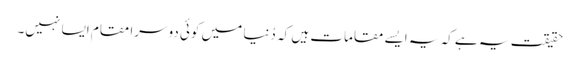
حقیقت یہ ہے کہ یہ ایسے مقامات ہیں کہ دُنیا میں کوئی دوسرا مقام ایسا نہیں۔